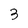
Character: 3